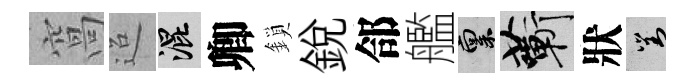
窩迢混卿鎖銳郃艦禀蔪狀對